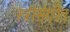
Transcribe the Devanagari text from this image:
स्त्रीसंगीत